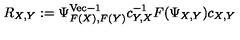
R _ { X , Y } : = \Psi _ { F ( X ) , F ( Y ) } ^ { \mathrm { V e c } - 1 } c _ { Y , X } ^ { - 1 } F ( \Psi _ { X , Y } ) c _ { X , Y }